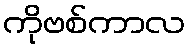
ကိုဗစ်ကာလ